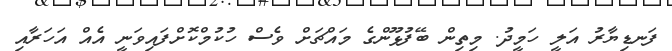
ފަނޑިޔާރު އަލީ ހަމީދު. މިތިން ބޭފުޅޫންގެ މައްޗަށް ވެސް ހުކުމްކޮށްފައިވަނީ އެއް އަހަރާއި